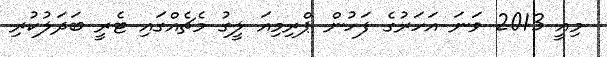
މިއީ 2013 ވަނަ އަހަރުގެ ފަހުން ޕްރިމިއަ ލީގު މެޗެއްގައި ޓެރީ ބަދަލުކުރި